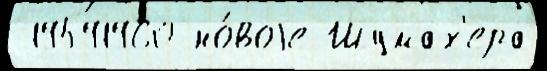
 19591960 но́воjе Шумах'ера